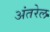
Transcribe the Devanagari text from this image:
अंतरेल